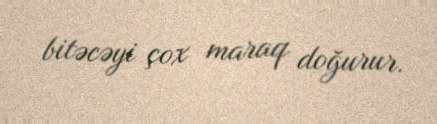
bitəcəyi çox maraq doğurur.